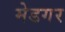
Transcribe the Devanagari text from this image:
मेडगर